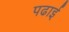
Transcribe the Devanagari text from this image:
पढार्इ